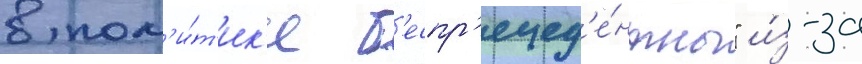
в пол'и́т'ик'е б'еспр'ецед'е́нтны" и́з-за